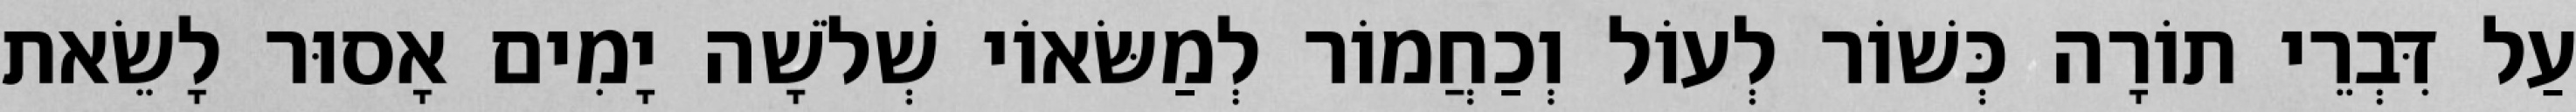
עַל דִּבְרֵי תוֹרָה כְּשׁוֹר לְעוֹל וְכַחֲמוֹר לְמַשּׂאוֹי שְׁלֹשָׁה יָמִים אָסוּר לָשֵׂאת